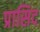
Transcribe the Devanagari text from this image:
प्रासिद